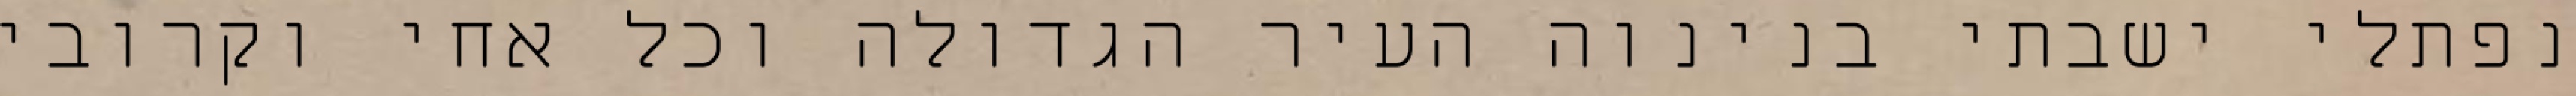
נפתלי ישבתי בנינוה העיר הגדולה וכל אחי וקרובי